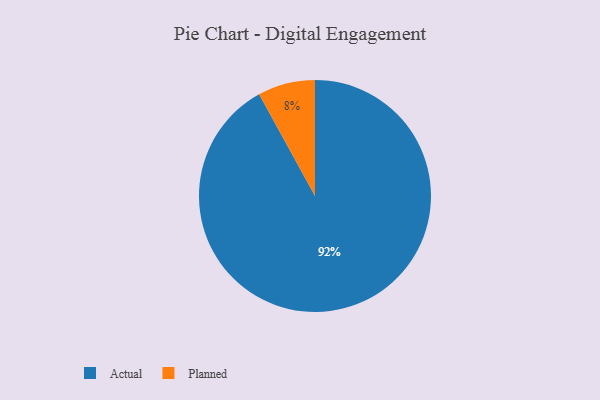
{"axis": {"x": "Category", "y": "Percentage"}, "legend": ["Actual", "Planned"], "data": [{"x": "Planned", "y": 8, "type": "Planned"}, {"x": "Actual", "y": 92, "type": "Actual"}]}